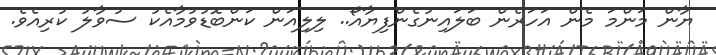
ޔާން މަންމަ މެން އަހަރެން ބަލައިނުގެންފިޔާއޯ.. ލިލިއަން ކަންބޮޑުވުމާއެކު ސުވާލު ކުރިއެވެ.